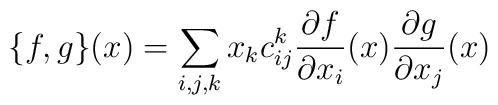
\{f, g\} (x) = \sum_{i,j,k} x_k c^k_{ij}             \frac{\partial f}{\partial x_i}(x)            \frac{\partial g}{\partial x_j}(x)